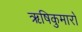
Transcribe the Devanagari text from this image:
ऋषिकुमारों